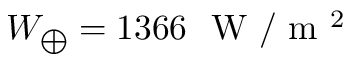
W _ { \bigoplus } = 1 3 6 6 ~ \mathrm { ~ W ~ } / \mathrm { ~ m ~ } ^ { 2 }